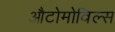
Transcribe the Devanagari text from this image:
औटोमोविल्स